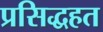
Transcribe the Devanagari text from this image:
प्रसिद्धहत